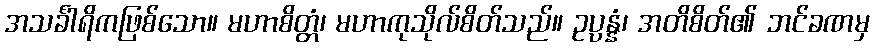
အသင်္ခါရိကဖြစ်သော။ မဟာစိတ္တံ၊ မဟာကုသိုလ်စိတ်သည်။ ဥပ္ပန္နံ၊ အတိစိတ်၏ ဘင်ခဏမှ